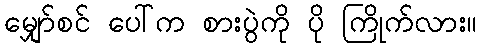
မျှော်စင် ပေါ်က စားပွဲကို ပို ကြိုက်လား။